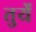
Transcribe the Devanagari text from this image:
तुयें